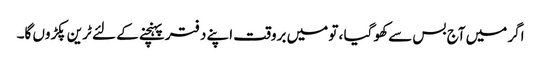
اگر میں آج بس سے کھو گیا ، تو میں بروقت اپنے دفتر پہنچنے کے لئے ٹرین پکڑوں گا۔